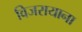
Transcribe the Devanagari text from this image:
विजरायाना